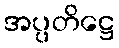
အပ္ပတိဋ္ဌေ